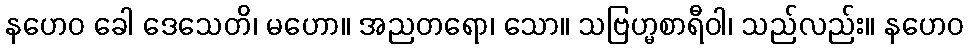
နဟေဝ ခေါ ဒေသေတိ၊ မဟော။ အညတရော၊ သော။ သဗြဟ္မစာရီဝါ၊ သည်လည်း။ နဟေဝ